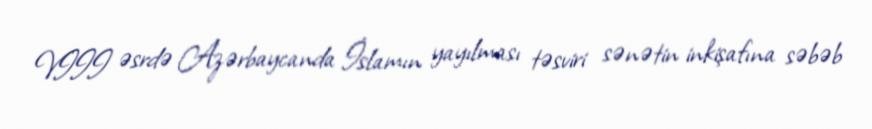
VIII əsrdə Azərbaycanda İslamın yayılması təsviri sənətin inkişafına səbəb